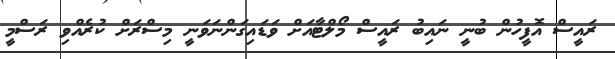
ރައީސް އޮފީހުން ބުނީ ނައިބު ރައީސް މޯލްޓާއަށް ވަޑައިގަންނަވަނީ މިސްރަށް ކުރެއްވި ރަސްމީ